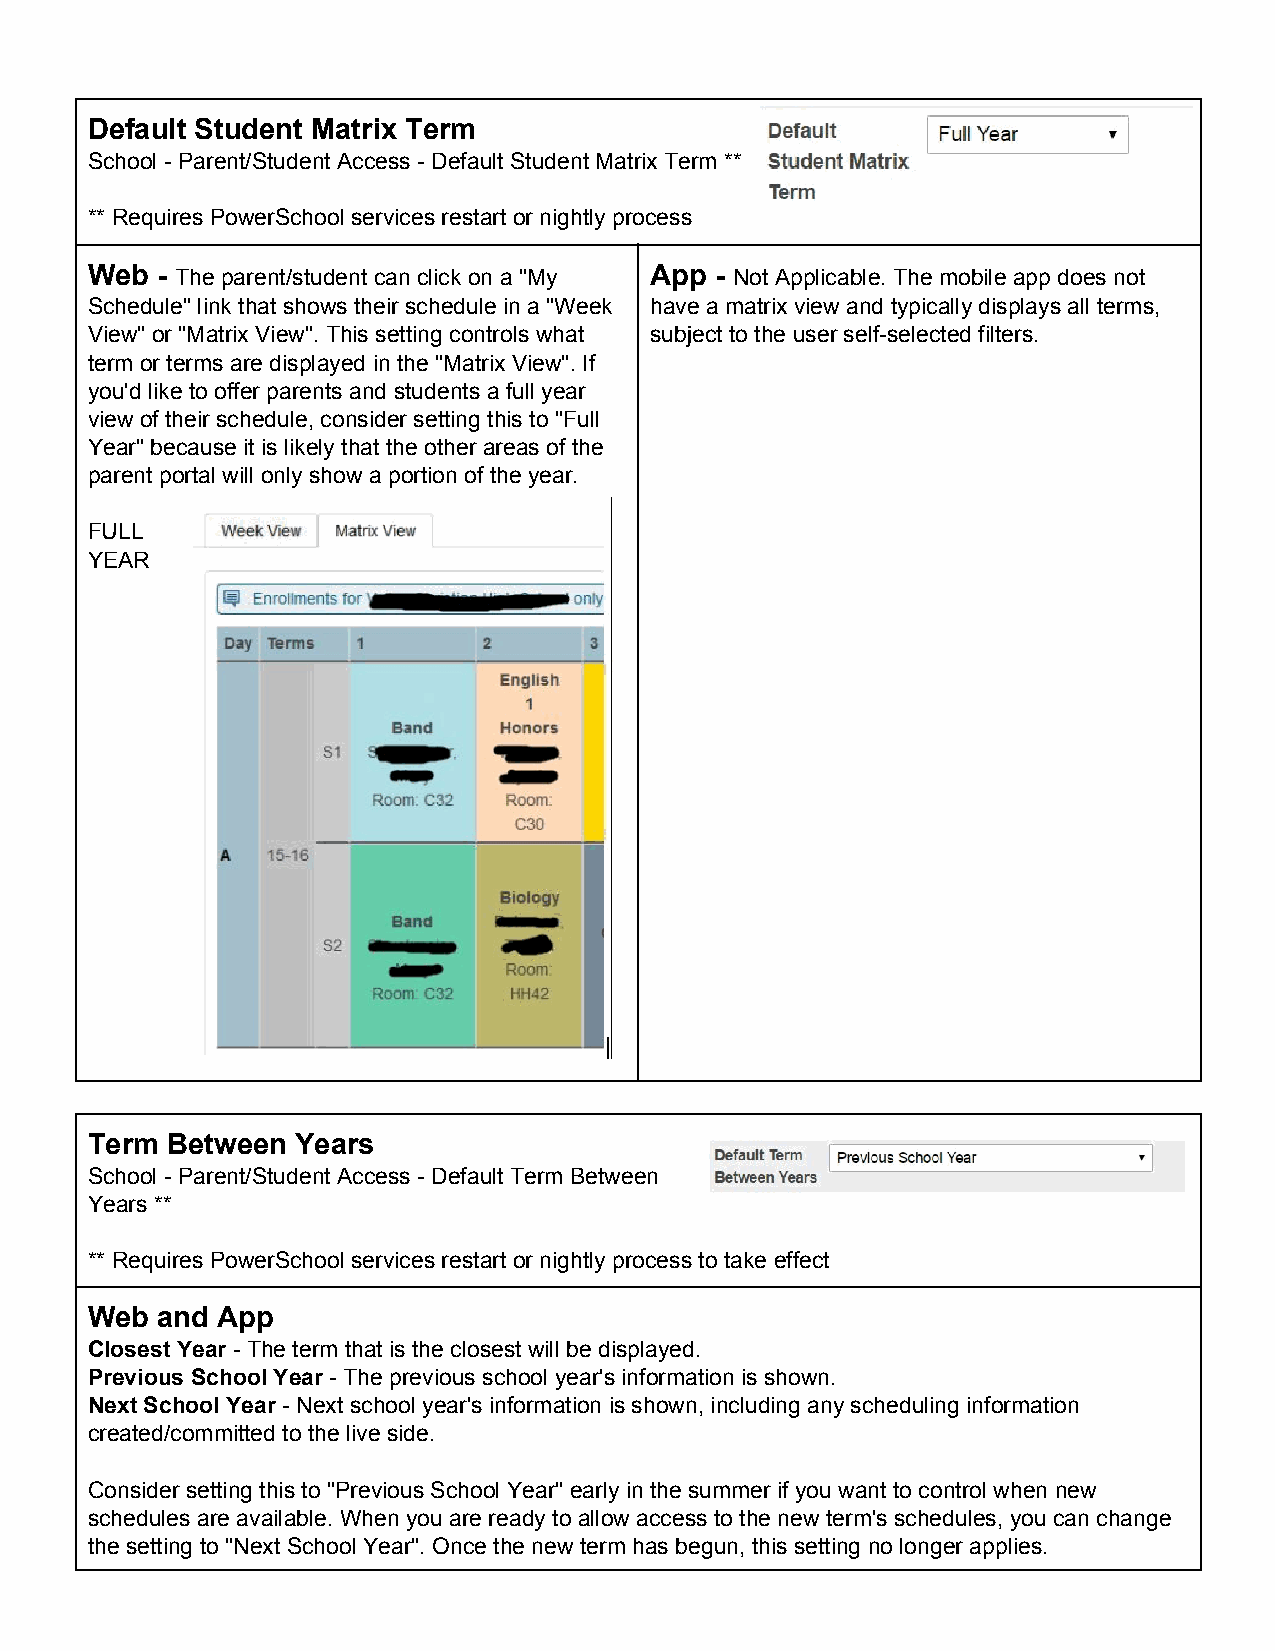
Default Student Matrix Term
 School ­ Parent/Student Access ­ Default Student Matrix Term **
 ** Requires PowerSchool services restart or nightly process
 Web ­ The parent/student can click on a "My App ­ Not Applicable. The mobile app does not
 ​                                    ​
 Schedule" link that shows their schedule in a "Week have a matrix view and typically displays all terms,
 View" or "Matrix View". This setting controls what subject to the user self­selected filters.
 term or terms are displayed in the "Matrix View". If
 you'd like to offer parents and students a full year
 view of their schedule, consider setting this to "Full
 Year" because it is likely that the other areas of the
 parent portal will only show a portion of the year.
 FULL
 YEAR
 Term Between  Years
 School ­ Parent/Student Access ­ Default Term Between
 Years **
 ** Requires PowerSchool services restart or nightly process to take effect
 Web and App
 Closest Year ­ The term that is the closest will be displayed.
 ​
 Previous School Year ­ The previous school year's information is shown.
 ​
 Next School Year ­ Next school year's information is shown, including any scheduling information
 ​
 created/committed to the live side.
 Consider setting this to "Previous School Year" early in the summer if you want to control when new
 schedules are available. When you are ready to allow access to the new term's schedules, you can change
 the setting to "Next School Year". Once the new term has begun, this setting no longer applies.